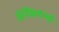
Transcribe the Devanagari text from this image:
सिनेप्रेक्षकांची